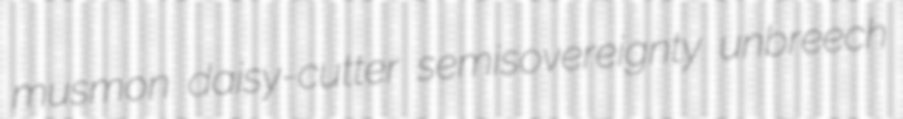
musmon daisy-cutter semisovereignty unbreech